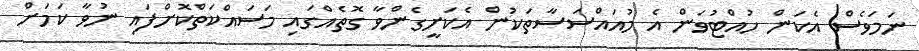
ނަމަވެސް އެކަން ހުއްޓުވަން އެ މުއައްސަސާތަކުން އެކަށީގެންވާ ގޮތެއްގައި މަސައްކަތްކޮށްފައި ނުވާ ކަމަަށް